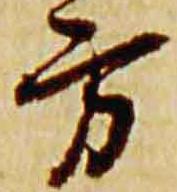
方